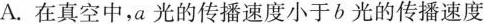
A.在真空中，a光的传播速度小于b光的传播速度